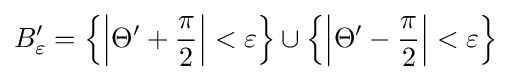
B_{\varepsilon }^{\prime }=\left\{\left|\Theta '+{\frac {\pi }{2}}\right|<\varepsilon \right\}\cup \left\{\left|\Theta '-{\frac {\pi }{2}}\right|<\varepsilon \right\}